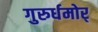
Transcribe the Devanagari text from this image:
गुरुर्धमोर्